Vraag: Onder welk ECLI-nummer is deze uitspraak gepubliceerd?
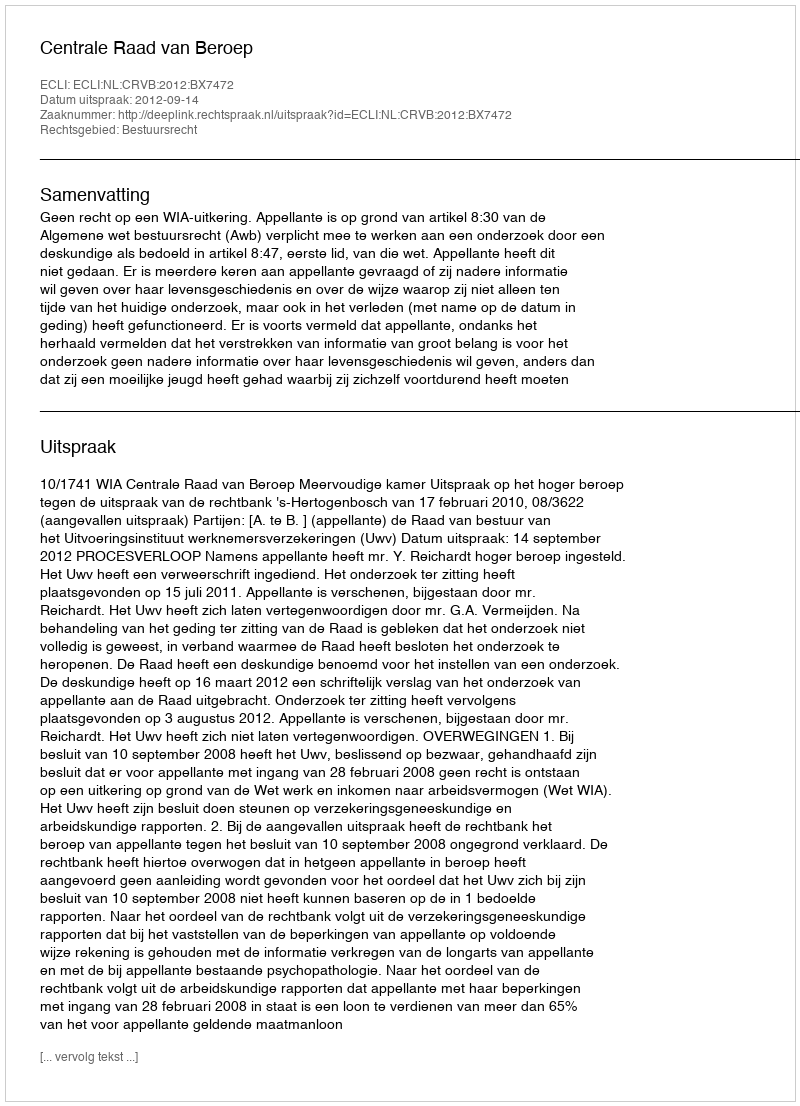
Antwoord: ECLI:NL:CRVB:2012:BX7472